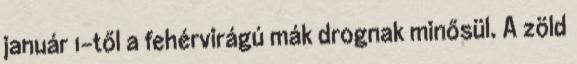
január 1-től a fehérvirágú mák drognak minősül. A zöld